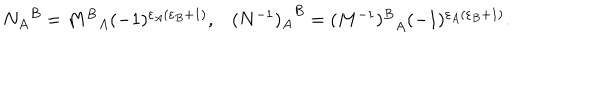
\begin{matrix} { { { N _ { A } } ^ { B } = { M ^ { B } } _ { A } ( - 1 ) ^ { \varepsilon _ { A } ( \varepsilon _ { B } + 1 ) } , } } & { { { ( N ^ { - 1 } ) _ { A } } ^ { B } = { ( M ^ { - 1 } ) ^ { B } } _ { A } ( - 1 ) ^ { \varepsilon _ { A } ( \varepsilon _ { B } + 1 ) } . } } \\ \end{matrix}